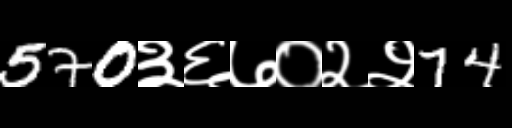
Text: 570३६७०२२74